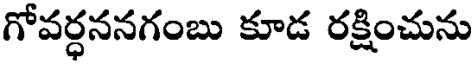
గోవర్ధననగంబు కూడ రక్షించును